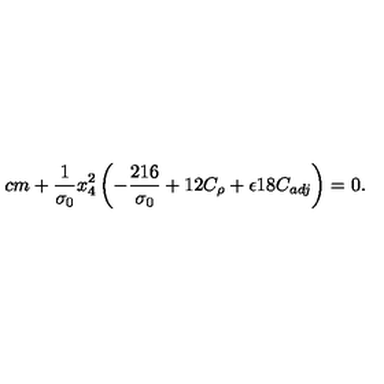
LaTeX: \hspace { 2 c m } + \frac { 1 } { \sigma _ { 0 } } x _ { 4 } ^ { 2 } \left( - \frac { 2 1 6 } { \sigma _ { 0 } } + 1 2 C _ { \rho } + \epsilon 1 8 C _ { a d j } \right) = 0 .